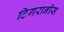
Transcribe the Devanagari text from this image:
टिगरानीस